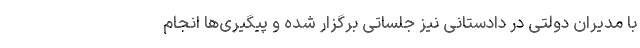
با مدیران دولتی در دادستانی نیز جلساتی برگزار شده و پیگیری‌ها انجام